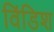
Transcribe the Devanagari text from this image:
विंडिश